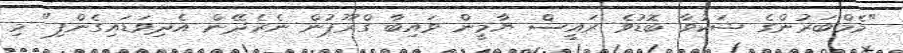
"މެމްބަރުންގެ ޝަކުވާ ބޮޑުވެ ރައީސް ޔާމީން ވައިބާ ގްރޫޕުން ނެރެދޭން އެދިވަޑައިގެންފި" މި